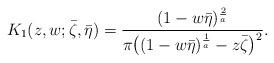
LaTeX: \begin{align*}K_1(z,w;\bar \zeta,\bar \eta)=\frac{(1-w\bar{\eta})^{\frac{2}{a}}}{\pi\big((1-w\bar{\eta})^{\frac{1}{a}}-{z\bar{\zeta}}\big)^2}.\end{align*}